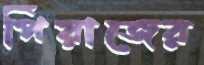
পিঁয়াজের